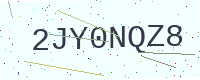
Text: 2JY0NQZ8